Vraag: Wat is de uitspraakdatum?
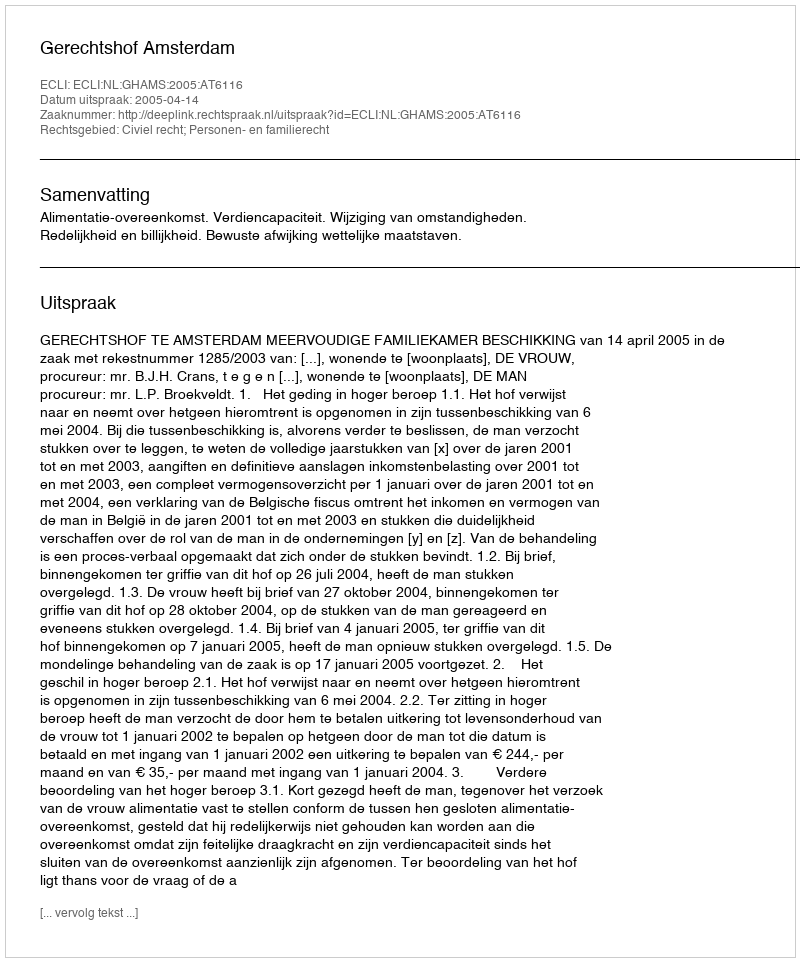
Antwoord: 2005-04-14